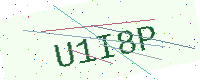
Text: U1I8P